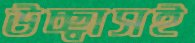
উচ্ছ্বাসই